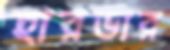
হারভার